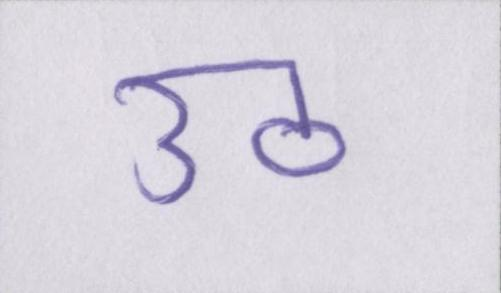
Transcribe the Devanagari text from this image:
उठ